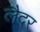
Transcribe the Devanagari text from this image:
लैदर